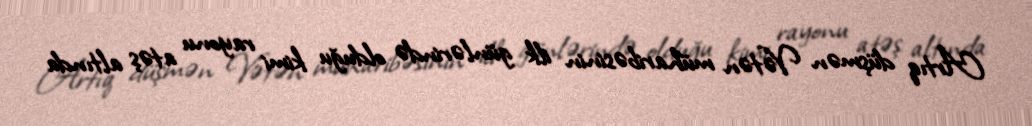
Artıq düşmən Vətən müharibəsinin ilk günlərində olduğu kimi rayonu atəş altında